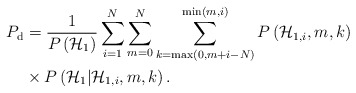
\begin{align*}P_{\mathrm{ d} }&=\frac { 1 }{ P\left( { \mathcal{H} }_{ 1 } \right) } \sum _{ i=1 }^{ N } \sum _{ m=0 }^{ N } \sum _{ k=\max\left( 0,m+i -N \right) }^{ \min\left( m, i \right) }P\left( { \mathcal{H} }_{ 1,i },m,k \right) \\ &\times P\left( { \mathcal{H} }_{ 1 }|{ \mathcal{H} }_{ 1,i },m,k \right).\end{align*}